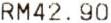
RM42.90